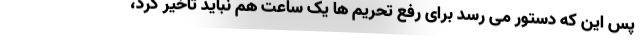
پس این که دستور می رسد برای رفع تحریم ها یک ساعت هم نباید تاخیر کرد،